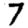
Digit: 7